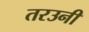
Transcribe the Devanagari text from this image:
तरउनी